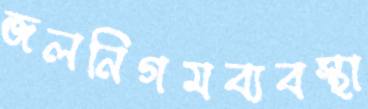
জলনিগমব্যবস্থা